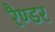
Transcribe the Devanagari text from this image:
रैण्डर